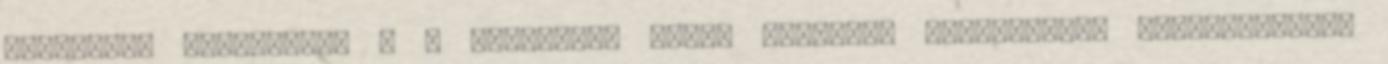
menüpont: 'Eszközök' - A Kraftwerk által használt hangszerek, felszerelések